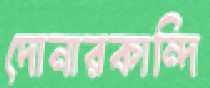
দোনারকান্দি